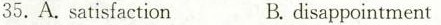
35. A.satisfactionB.disappointment